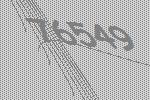
76549